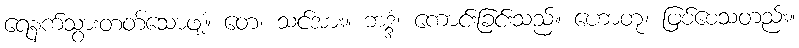
ရေနက်သွားတတ်သောဖျံ။ တေ၊ သင်အား။ ဘဒ္ဒံ၊ ကောင်းခြင်းသည်။ ဟောတု၊ ဖြစ်စေသတည်း။